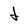
Character: d